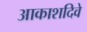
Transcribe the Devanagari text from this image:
आकाशदिवे